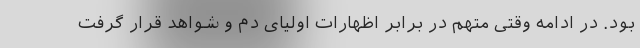
بود. در ادامه وقتی متهم در برابر اظهارات اولیای دم و شواهد قرار گرفت